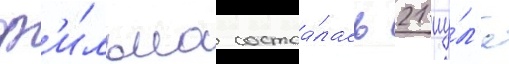
ф'и́льма состоа́лась 21 иу́л'я